65_HS1-834228961_62-HQ-83894_Section_8
Agency: FBI
Page 52
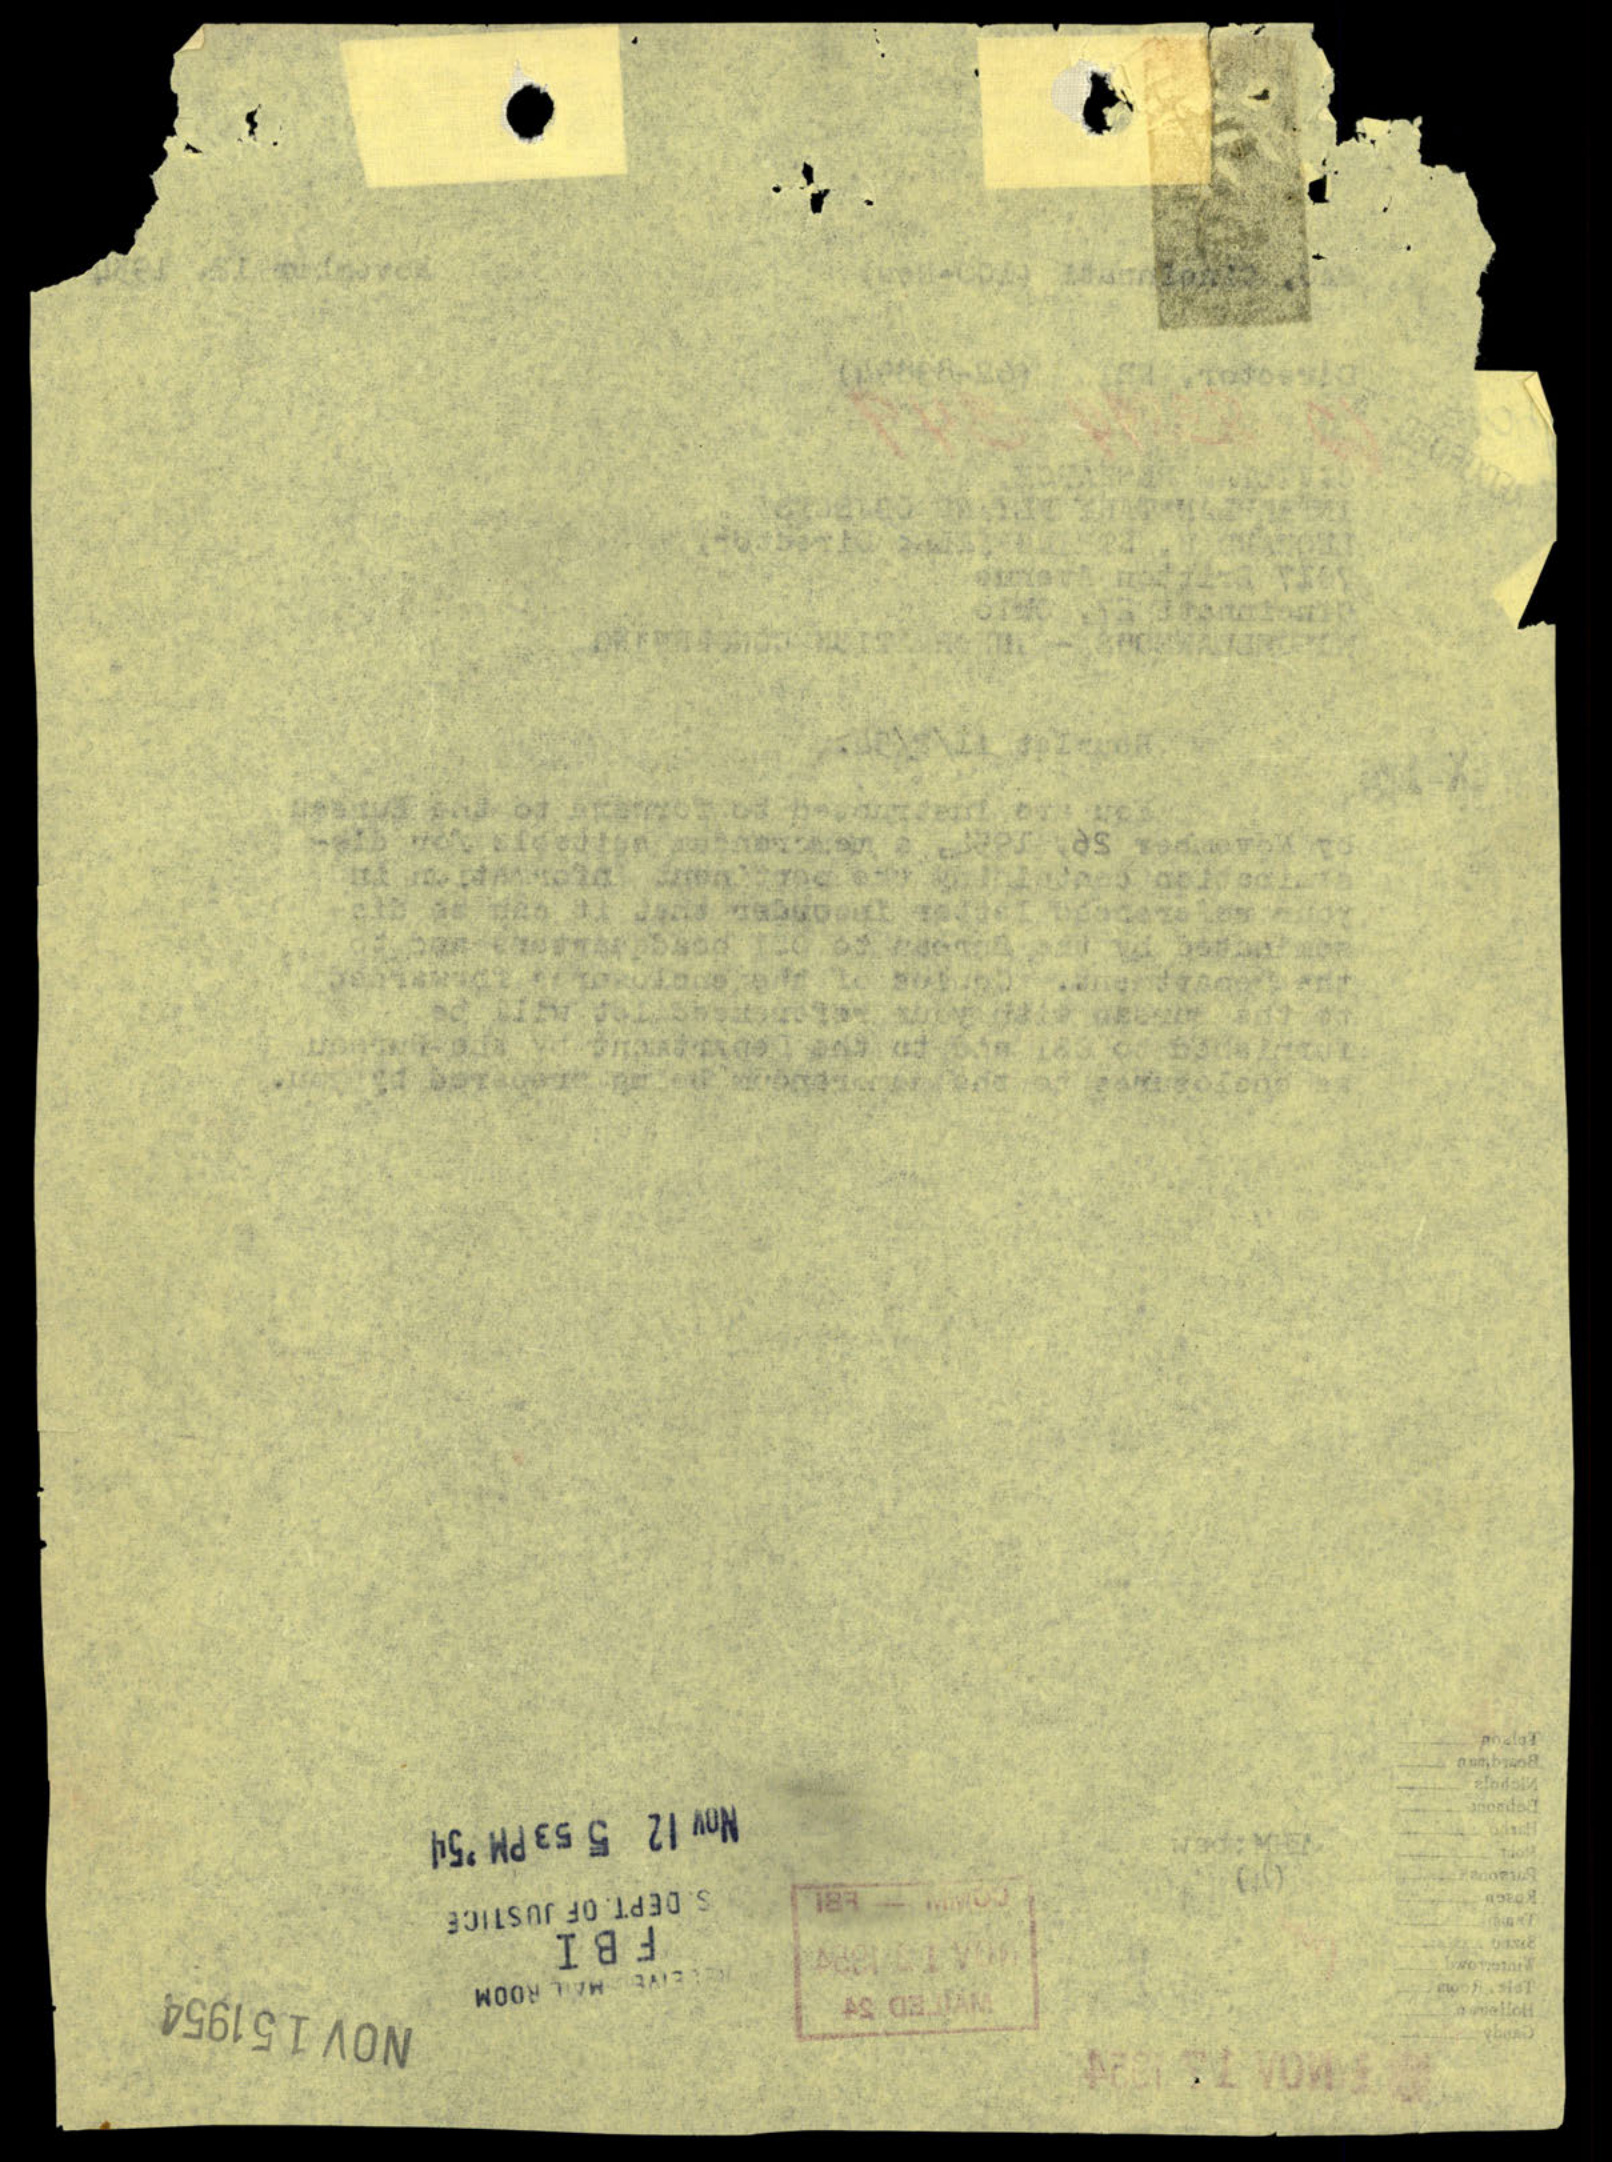